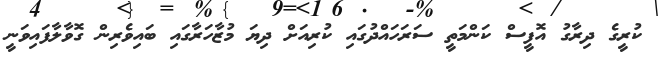
ކުރީގެ ދިރާގު އޮފީސް ކަންމަތީ ސަރަހައްދުގައި ކުރިއަށް ދިޔަ މުޒާހަރާގައި ބައިވެރިން ގޮވާލާފައިވަނީ